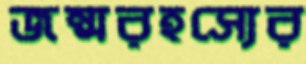
জন্মরহস্যের